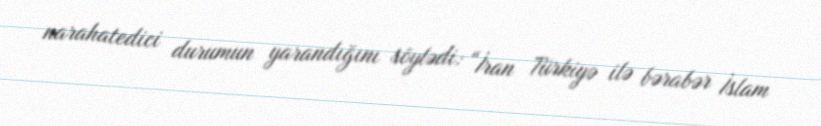
narahatedici durumun yarandığını söylədi: “İran Türkiyə ilə bərabər İslam